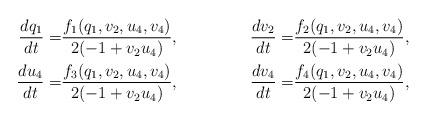
LaTeX: \begin{align*}\frac{dq_1}{dt}=&\frac{f_1(q_1,v_2,u_4,v_4)}{2 (-1 + v_2 u_4)},&\frac{dv_2}{dt}=&\frac{f_2(q_1,v_2,u_4,v_4)}{2 (-1 + v_2 u_4)},\\\frac{du_4}{dt}=&\frac{f_3(q_1,v_2,u_4,v_4)}{2 (-1 + v_2 u_4)},&\frac{dv_4}{dt}=&\frac{f_4(q_1,v_2,u_4,v_4)}{2 (-1 + v_2 u_4)},\end{align*}